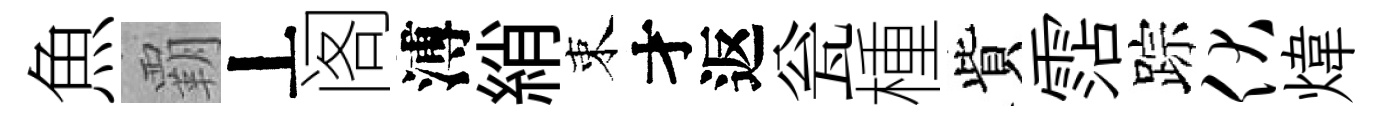
魚覇丄阁溥綃束才返瓮㮔貲霑踪伏煒